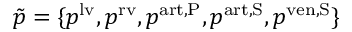
\tilde { p } = \{ p ^ { \mathrm { l v } } , p ^ { \mathrm { r v } } , p ^ { \mathrm { a r t , P } } , p ^ { \mathrm { a r t , S } } , p ^ { \mathrm { v e n , S } } \}